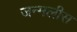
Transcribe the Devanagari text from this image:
जन्मलीस